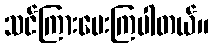
သင်ကြားပေးကြပါတယ်။